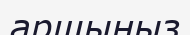
аршыңыз